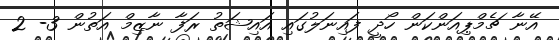
އޭނާ ޗެމްޕިއަންކަން ހޯދީ ފައިނަލުގައި އައިޝަތު ރަފާ ނާޒިމް އަތުން 3- 2